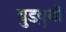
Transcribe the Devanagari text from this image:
बुडवुनी